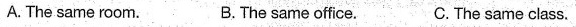
A. The same room. B.The same office. C.The same class. ( )